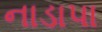
નાડાપા